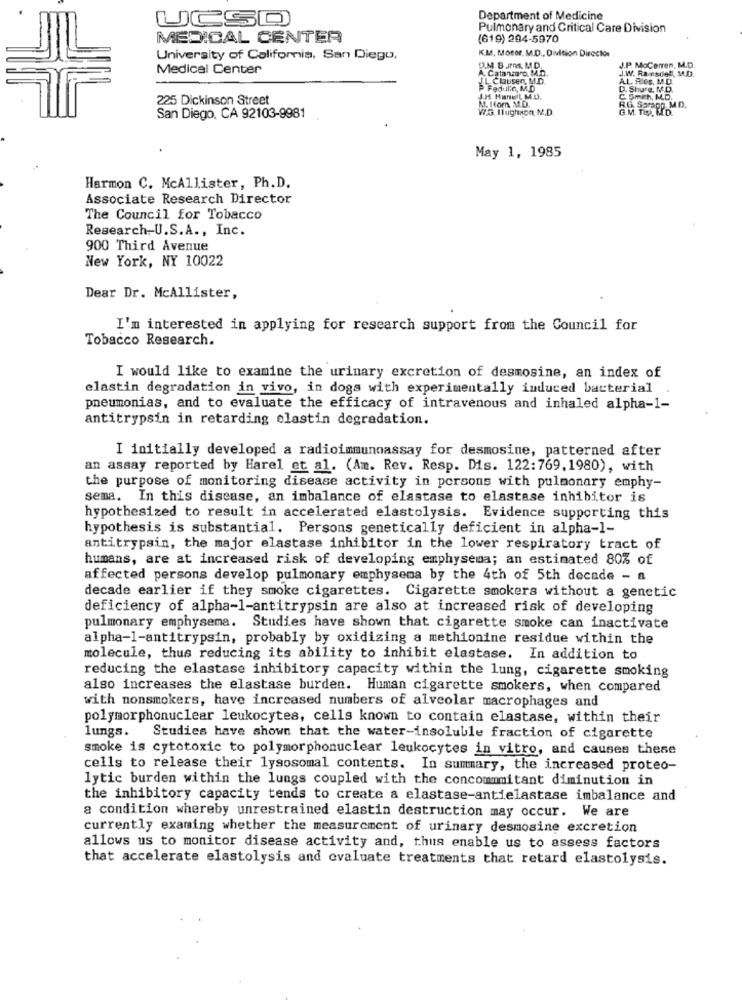
UCSD
Department of Medicine
Pulmonary and Critical Care Division
MEDICAL CENTER
(619) 294-5970
KMS, Motor. M.D ., Division Direction
University of California, San Diego,
Medical Center
D.M. B .Jms. M.D.
Cata'Muro M.D.
JL Clausen, M.D.
P Fedul:a, M.D
225 Dickinson Street
M.Ifom. M.D.
J.H. HaneIL M.D.
W7.G. Ilughson, M.D.
San Diego, CA 92103-9981
May 1, 1985
Harmon C. McAllister, Ph.D.
Associate Research Director
The Council for Tobacco
Research-U.S.A ., Inc.
900 Third Avenue
New York, NY 10022
Dear Dr. McAllister,
I'm interested in applying for research support from the Council for
Tobacco Research.
I would like to examine the urinary excretion of desmosine, an index of
elastin degradation in vivo, in dogs with experimentally induced bacterial
pneumonias, and to evaluate the efficacy of intravenous and inhaled alpha-1-
antitrypsin in retarding elastin degradation.
I initially developed a radioimmunoassay for desmosine, patterned after
an assay reported by Harel et al. (Am. Rev. Resp. Dis. 122:769,1980), with
the purpose of monitoring disease activity in persons with pulmonary emphy-
sema. In this disease, an imbalance of elastase to elastase inhibitor is
hypothesized to result in accelerated elastolysis. Evidence supporting this
hypothesis is substantial. Persons genetically deficient in alpha-1-
antitrypsin, the major elastase inhibitor in the lower respiratory tract of
humans, are at increased risk of developing emphysema; an estimated 80% of
affected persons develop pulmonary emphysema by the 4th of 5th decade - a
decade earlier if they smoke cigarettes. Cigarette smokers without a genetic
deficiency of alpha-1-antitrypsin are also at increased risk of developing
pulmonary emphysema. Studies have shown that cigarette smoke can inactivate
alpha-1-antitrypsin, probably by oxidizing a methionine residue within the
molecule, thus reducing its ability to inhibit elastase. In addition to
reducing the elastase inhibitory capacity within the lung, cigarette smoking
also increases the elastase burden. Human cigarette smokers, when compared
with nonsmokers, have increased numbers of alveolar macrophages and
polymorphonuclear leukocytes, cells known to contain elastase, within their
lungs. Studies have shown that the water-insoluble fraction of cigarette
smoke is cytotoxic to polymorphonuclear leukocytes in vitro, and causes these
cells to release their lysosomal contents. In summary, the increased proteo-
lytic burden within the lungs coupled with the concommmitant diminution in
the inhibitory capacity tends to create a elastase-antielastase imbalance and
a condition whereby unrestrained elastin destruction may occur. We are
currently examing whether the measurement of urinary desmosine excretion
allows us to monitor disease activity and, thus enable us to assess factors
that accelerate elastolysis and evaluate treatments that retard elastolysis.